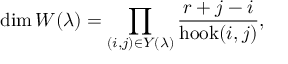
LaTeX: \dim W ( \lambda ) = \prod _ { ( i , j ) \in Y ( \lambda ) } { \frac { r + j - i } { \operatorname { h o o k } ( i , j ) } } ,